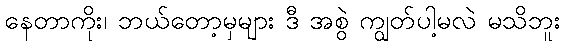
နေတာကိုး၊ ဘယ်တော့မှများ ဒီ အစွဲ ကျွတ်ပါ့မလဲ မသိဘူး